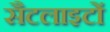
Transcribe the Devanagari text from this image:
सैटलाइटों